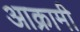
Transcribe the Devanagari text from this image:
आक्रामी